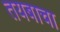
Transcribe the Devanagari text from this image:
तयबाचा